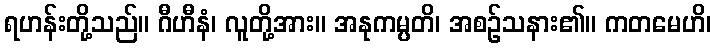
ရဟန်းတို့သည်။ ဂီဟီနံ၊ လူတို့အား။ အနုကမ္ပတိ၊ အစဉ်သနား၏။ ကတမေဟိ၊